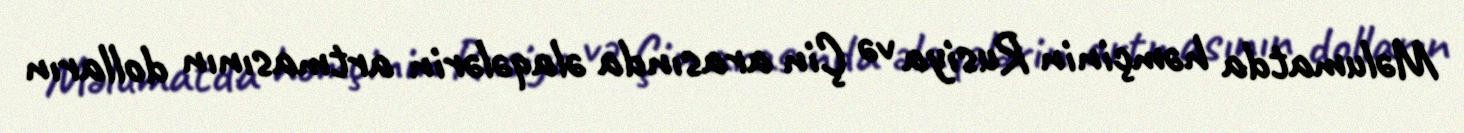
Məlumatda həmçinin Rusiya və Çin arasında əlaqələrin artmasının dolların